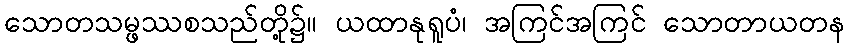
သောတသမ္ဖဿစသည်တို့၌။ ယထာနုရူပံ၊ အကြင်အကြင် သောတာယတန